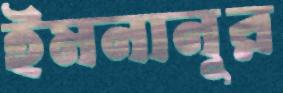
ইমনানূর